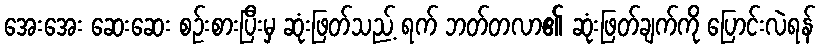
အေးအေး ဆေးဆေး စဉ်းစားပြီးမှ ဆုံးဖြတ်သည့် ရက် ဘတ်တလာ၏ ဆုံးဖြတ်ချက်ကို ပြောင်းလဲရန်